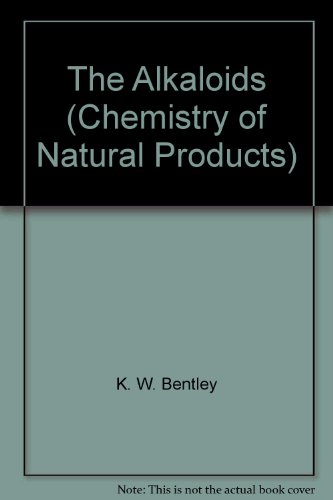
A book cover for The alkaloids (Chemistry of natural products); K. W Bentley; Science & Math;